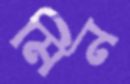
মিন